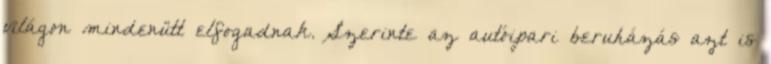
világon mindenütt elfogadnak. Szerinte az autóipari beruházás azt is